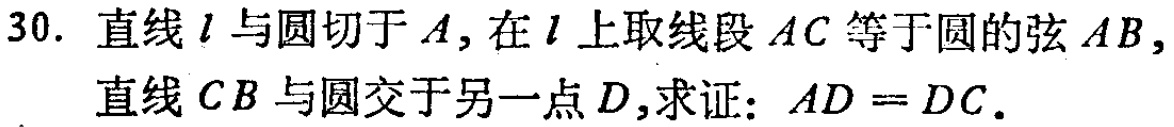
30. 直线\(l\)与圆切于\(A\)，在\(l\)上取线段\(AC\)等于圆的弦\(AB\)，直线\(CB\)与圆交于另一点\(D\)，求证：\(AD = DC\)。